Elephants and their diseases
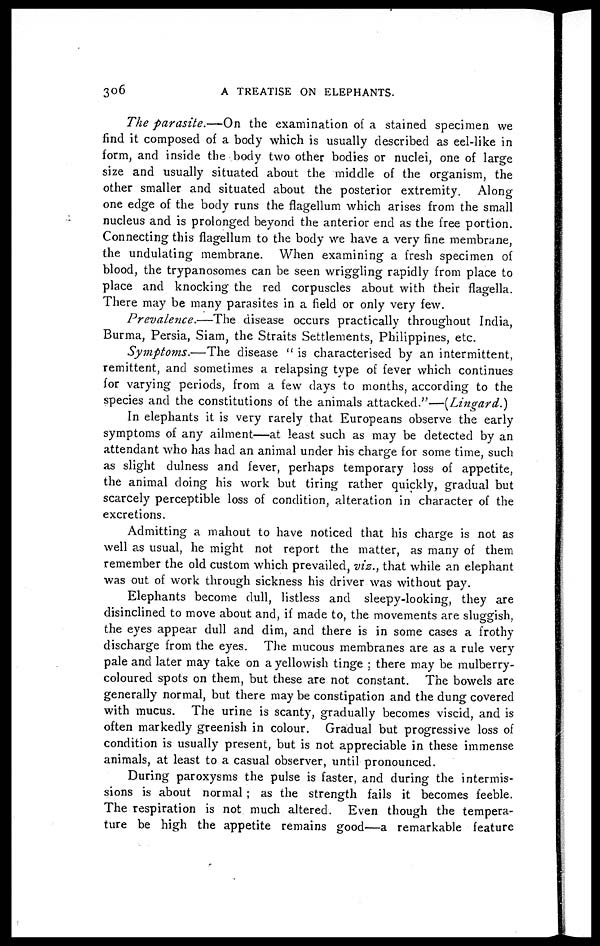
306
A TREATISE ON ELEPHANTS.
The parasite.—On
the examination of a stained specimen we
find it composed of a body which is usually described as eel-like in
form, and inside the body two other bodies or nuclei, one of large
size and usually situated about the middle of the organism, the
other smaller and situated about the posterior extremity. Along
one edge of the body runs the flagellum which arises from the small
nucleus and is prolonged beyond the anterior end as the free portion.
Connecting this flagellum to the body we have a very fine membrane,
the undulating membrane. When examining a fresh specimen of
blood, the trypanosomes can be seen wriggling rapidly from place to
place and knocking the red corpuscles about with their flagella.
There may be many parasites in a field or only very few.
Prevalence.—The
disease occurs practically throughout India,
Burma, Persia, Siam, the Straits Settlements, Philippines, etc.
Symptoms.—The
disease " is characterised by an intermittent,
remittent, and sometimes a relapsing type of fever which continues
for varying periods, from a few days to months, according to the
species and the constitutions of the animals attacked."—(Lingard.)
In elephants it is very rarely that Europeans observe the early
symptoms of any ailment—at least such as may be detected by an
attendant who has had an animal under his charge for some time, such
as slight dulness and fever, perhaps temporary loss of appetite,
the animal doing his work but tiring rather quickly, gradual but
scarcely perceptible loss of condition, alteration in character of the
excretions.
Admitting a mahout to have noticed that his charge is not as
well as usual, he might not report the matter, as many of them
remember the old custom which prevailed, viz., that while an elephant
was out of work through sickness his driver was without pay.
Elephants become dull, listless and sleepy-looking, they are
disinclined to move about and, if made to, the movements are sluggish,
the eyes appear dull and dim, and there is in some cases a frothy
discharge from the eyes. The mucous membranes are as a rule very
pale and later may take on a yellowish tinge ; there may be mulberry-
coloured spots on them, but these are not constant. The bowels are
generally normal, but there may be constipation and the dung covered
with mucus. The urine is scanty, gradually becomes viscid, and is
often markedly greenish in colour. Gradual but progressive loss of
condition is usually present, but is not appreciable in these immense
animals, at least to a casual observer, until pronounced.
During paroxysms the pulse is faster, and during the intermis-
sions is about normal ; as the strength fails it becomes feeble.
The respiration is not much altered. Even though the tempera-
ture be high the appetite remains good—a remarkable feature